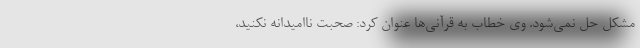
مشکل حل نمی‌شود. وی خطاب به قرآنی‌ها عنوان کرد: صحبت ناامیدانه نکنید،